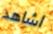
اشاهد